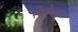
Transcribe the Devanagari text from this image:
रेबेल्स